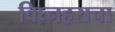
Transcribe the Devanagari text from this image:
विघ्नहराचा